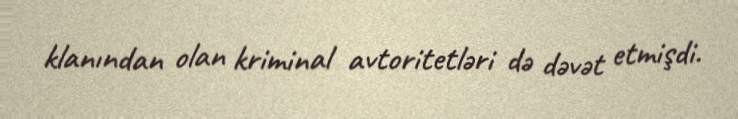
klanından olan kriminal avtoritetləri də dəvət etmişdi.